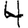
Digit: 4